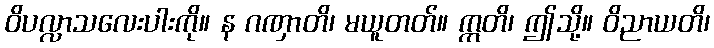
ဝိပလ္လာသလေးပါးကို။ န ဂဏှာတိ၊ မယူတတ်။ ဣတိ၊ ဤသို့။ ဝိညာယတိ၊